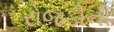
રોજડીની